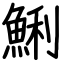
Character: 鯏